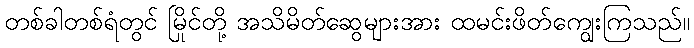
တစ်ခါတစ်ရံတွင် မြိုင်တို့ အသိမိတ်ဆွေများအား ထမင်းဖိတ်ကျွေးကြသည်။